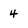
Character: 4